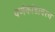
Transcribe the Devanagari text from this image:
पर्णकांडावरच